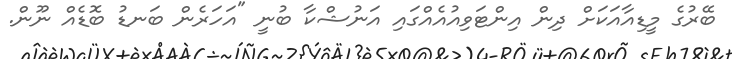
ބޭރުގެ މީޑިއާއަކަށް ދިން އިންޓަވިއުއެއްގައި އަނުޝްކާ ބުނީ "އަހަރެން ބަނޑު ބޮޑެއް ނޫން.